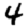
Digit: 4